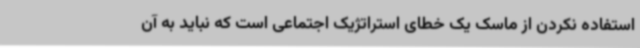
استفاده نکردن از ماسک یک خطای استراتژیک اجتماعی است که نباید به آن